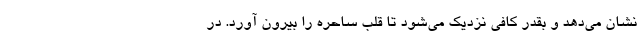
نشان می‌دهد و بقدر کافی نزدیک می‌شود تا قلب ساحره را بیرون آورد. در